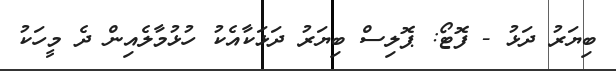
ބިޔަރު ދަޅު - ފޮޓޯ: ޕޮލިސް ބިޔަރު ދަޅަކާއެކު ހުޅުމާލެއިން ދެ މީހަކު